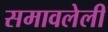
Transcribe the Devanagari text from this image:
समावलेली